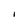
Character: I